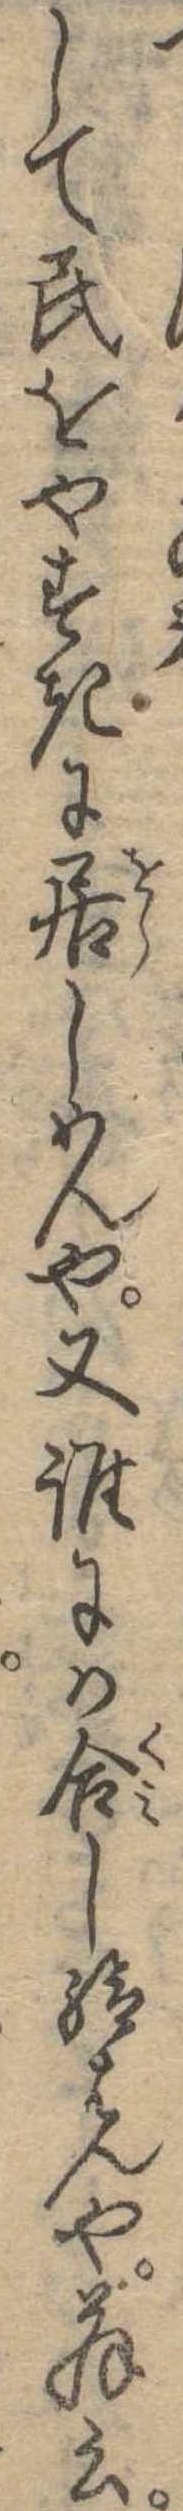
して民をやすきに居しめんや又誰にか合し給はんや翁云